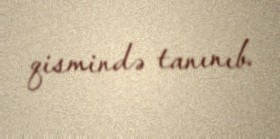
qismində tanınıb.